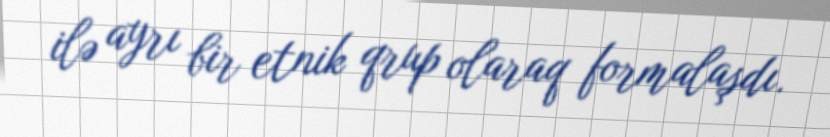
ilə ayrı bir etnik qrup olaraq formalaşdı.